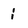
Character: i